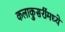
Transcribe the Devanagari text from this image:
कलाकुसरींमध्ये